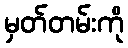
မှတ်တမ်းကို